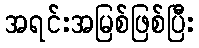
အရင်းအမြစ်ဖြစ်ပြီး